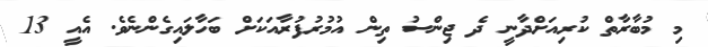
މި މުބާރާތް ކުރިއަށްދާނީ ދެ ޖިންސު ތިން އުމުރުފުރާއަކަށް ބަހާލައިގެންނެވެ. އެއީ 13